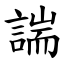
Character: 諯